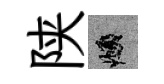
陕頫